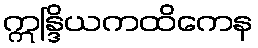
ဣန္ဒြိယကထိကေန